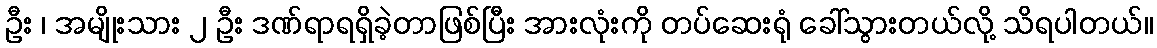
ဦး ၊ အမျိုးသား ၂ ဦး ဒဏ်ရာရရှိခဲ့တာဖြစ်ပြီး အားလုံးကို တပ်ဆေးရုံ ခေါ်သွားတယ်လို့ သိရပါတယ်။